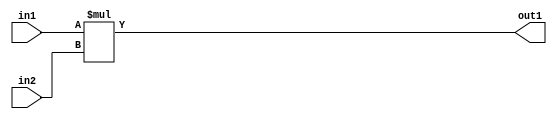
`timescale 1ps / 1ps
/*****************************************************************************
    Verilog RTL Description
    
    
    Created by: Stratus DpOpt 21.05.01 
*******************************************************************************/

module SobelFilter_Mul_32Ux32U_33U_4 (
	in2,
	in1,
	out1
	); /* architecture "behavioural" */ 
input [31:0] in2,
	in1;
output [32:0] out1;
wire [32:0] asc001;

assign asc001 = 
	+(in1 * in2);

assign out1 = asc001;
endmodule

/* CADENCE  urnwSAg= : u9/ySxbfrwZIxEzHVQQV8Q== ** DO NOT EDIT THIS LINE ******/